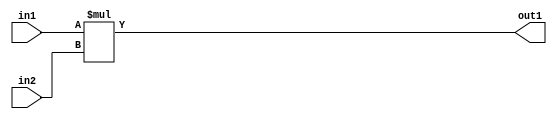
`timescale 1ps / 1ps
/*****************************************************************************
    Verilog RTL Description
    
    
    Created by: Stratus DpOpt 21.05.01 
*******************************************************************************/

module SobelFilter_Mul_32Ux32U_33U_4 (
	in2,
	in1,
	out1
	); /* architecture "behavioural" */ 
input [31:0] in2,
	in1;
output [32:0] out1;
wire [32:0] asc001;

assign asc001 = 
	+(in1 * in2);

assign out1 = asc001;
endmodule

/* CADENCE  urnwSAg= : u9/ySxbfrwZIxEzHVQQV8Q== ** DO NOT EDIT THIS LINE ******/